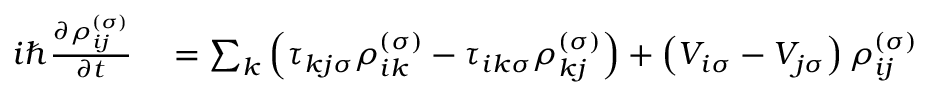
\begin{array} { r l } { i \hbar \frac { \partial \rho _ { i j } ^ { \left( \sigma \right) } } { \partial t } } & { { } = \sum _ { k } \left( \tau _ { k j \sigma } \rho _ { i k } ^ { \left( \sigma \right) } - \tau _ { i k \sigma } \rho _ { k j } ^ { \left( \sigma \right) } \right) + \left( V _ { i \sigma } - V _ { j \sigma } \right) \rho _ { i j } ^ { \left( \sigma \right) } } \end{array}